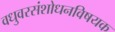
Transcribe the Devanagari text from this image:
वधुवरसंशोधनविषयक